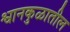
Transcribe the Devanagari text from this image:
श्वानकुळातील